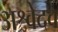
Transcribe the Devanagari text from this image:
अश्वेदव